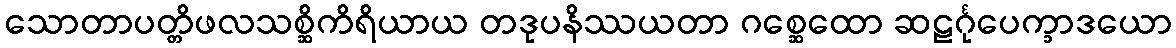
သောတာပတ္တိဖလသစ္ဆိကိရိယာယ တဒုပနိဿယတာ ဂစ္ဆေထော ဆဠင်္ဂုပေက္ခာဒယော